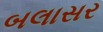
બલાસર